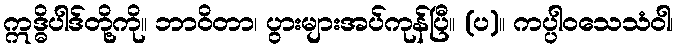
ဣဒ္ဓိပါဒ်တို့ကို။ ဘာဝိတာ၊ ပွားများအပ်ကုန်ပြီ။ (ပ)။ ကပ္ပါဝသေသံဝါ၊